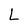
Character: L